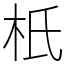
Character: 𣏚